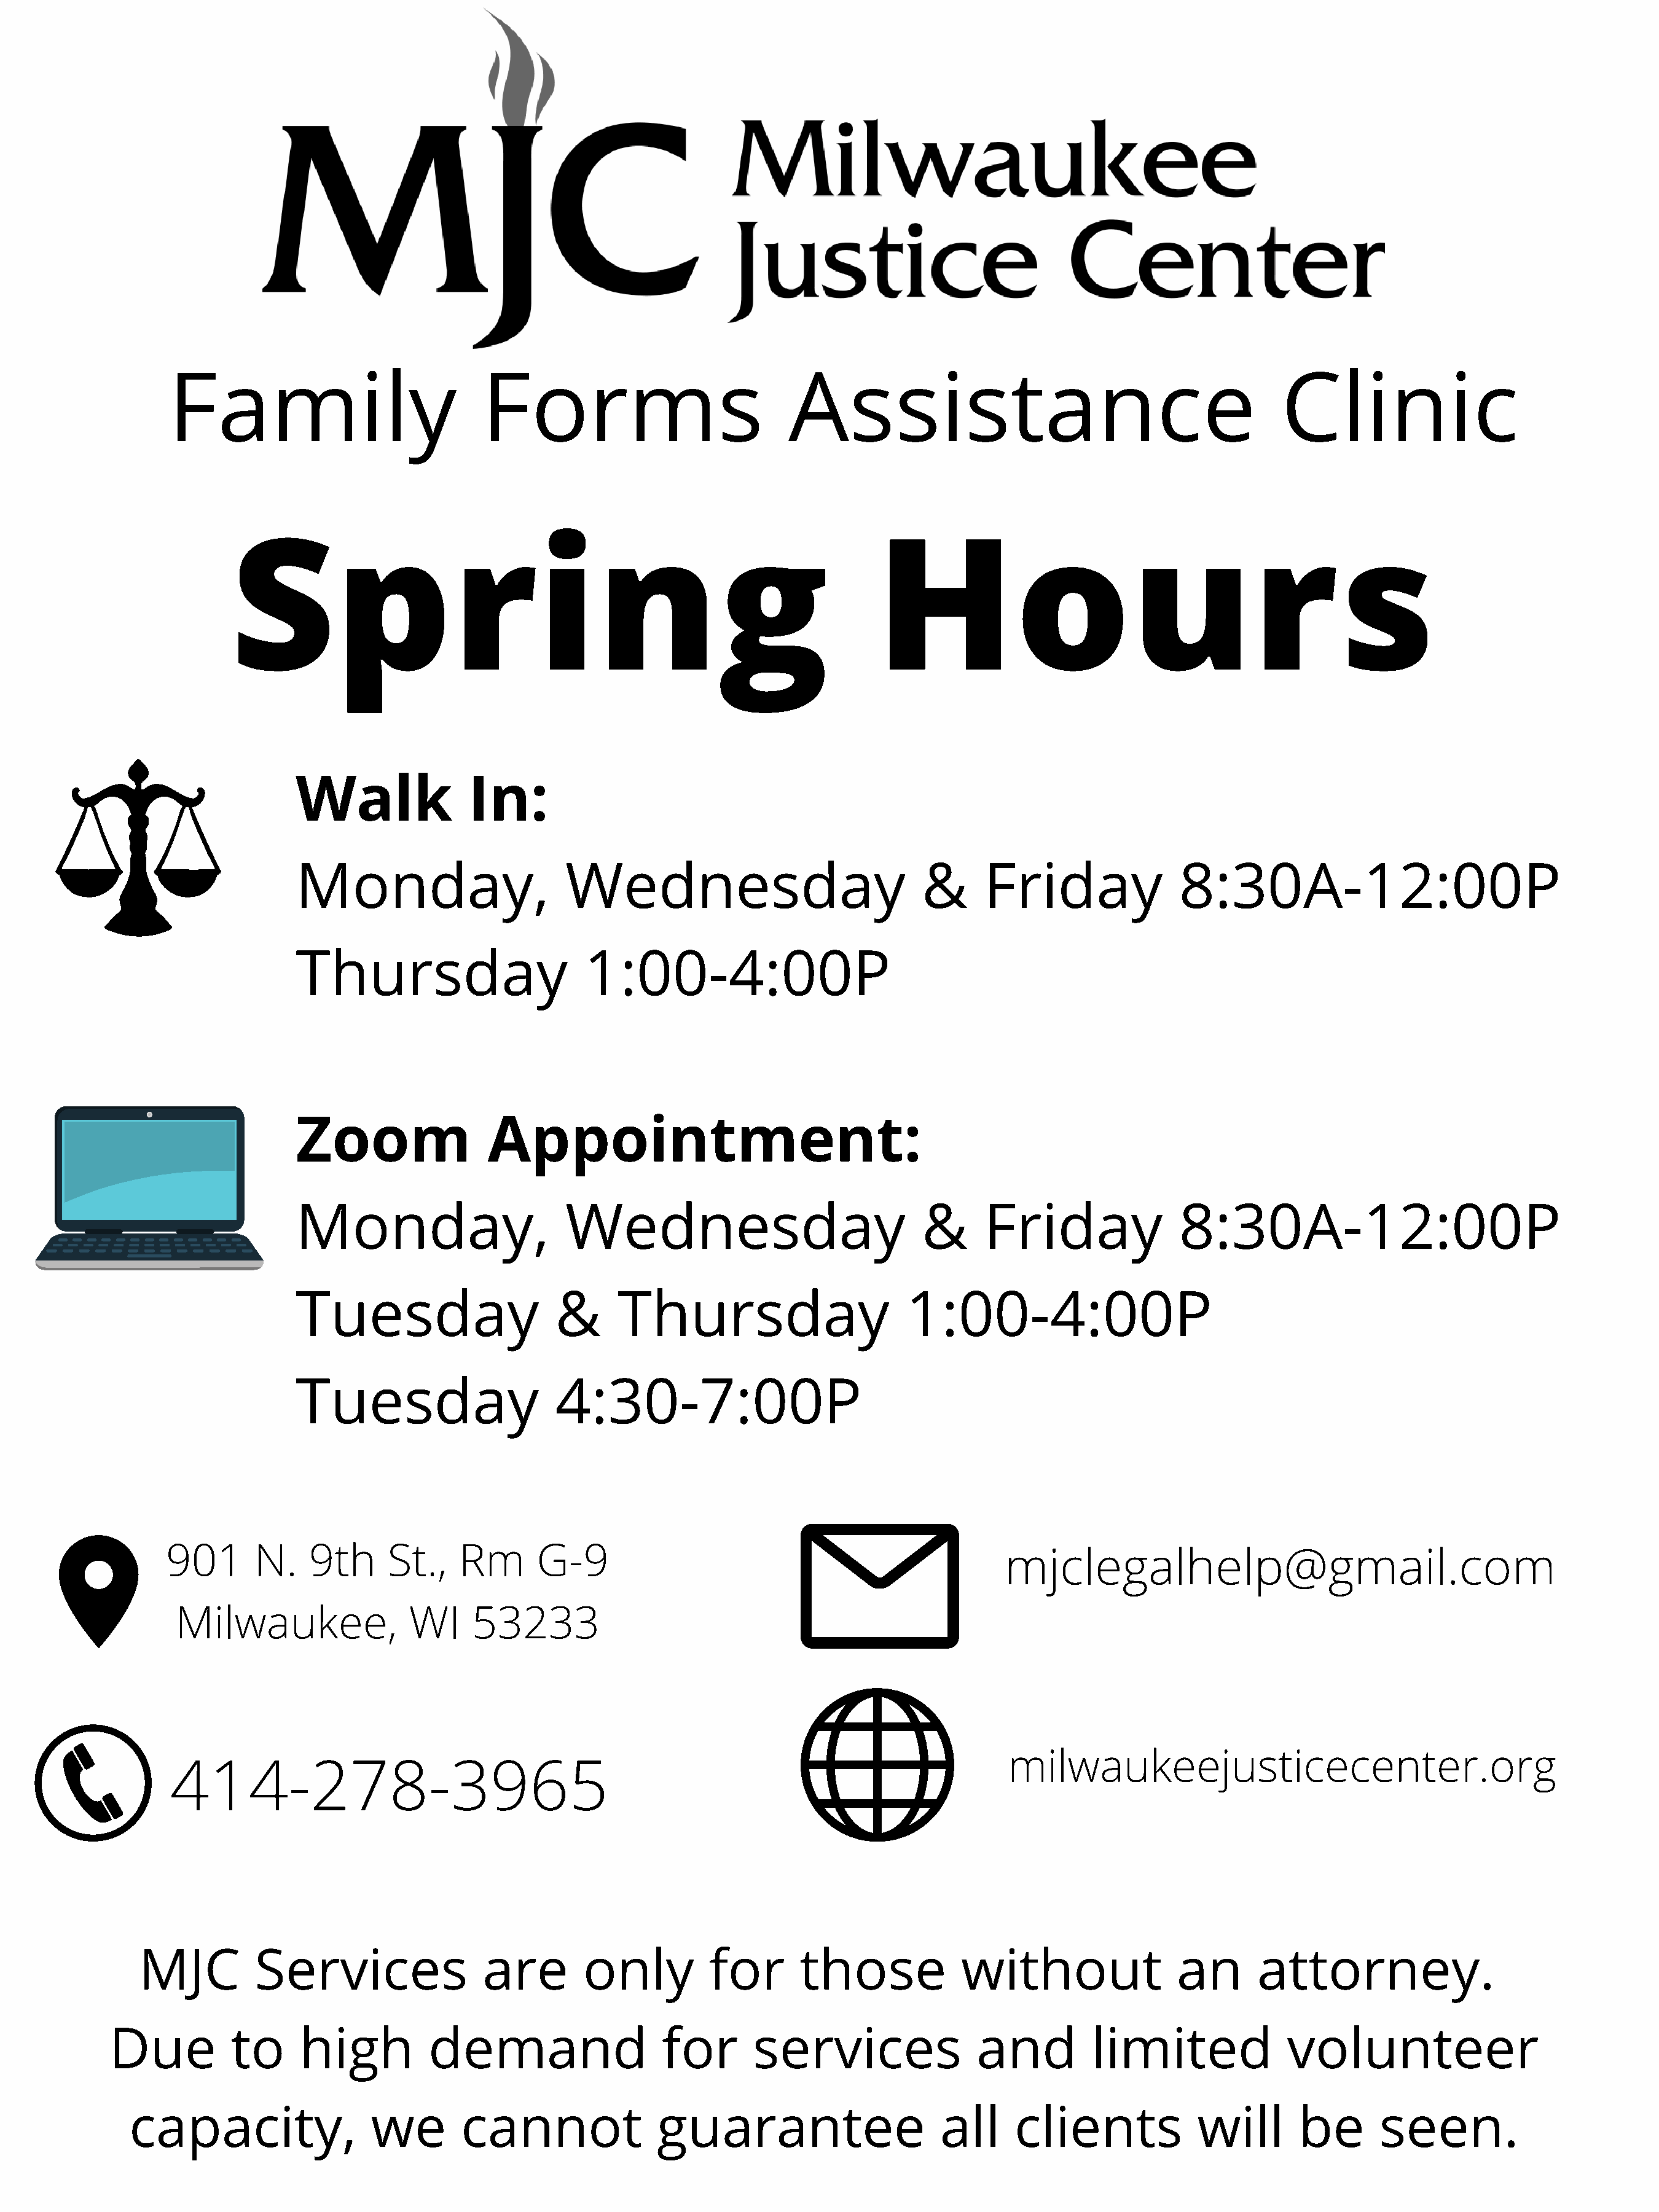
Family                            Forms                            Assistance                                           Clinic
 Spring                                                               Hours
 Walk              In:
 Monday,                      Wednesday                             &      Friday               8:30A-12:00P
 Thursday                       1:00-4:00P
 Zoom                 Appointment:
 Monday,                      Wednesday                             &      Friday               8:30A-12:00P
 Tuesday                     &      Thursday                       1:00-4:00P
 Tuesday                     4:30-7:00P
 901      N.    9th      St.,   Rm       G-9
 mjclegalhelp@gmail.com
 Milwaukee,               WI     53233
 milwaukeejusticecenter.org
 414-278-3965
 MJC         Services                 are        only         for       those             without                an      attorney.
 Due          to     high          demand                   for       services                and          limited              volunteer
 capacity,                 we        cannot               guarantee                     all     clients             will       be       seen.